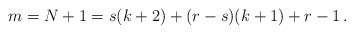
LaTeX: \begin{align*} m = N+1 = s(k+2) + (r-s)(k+1) + r-1 \, .\end{align*}